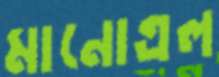
মানোএল